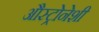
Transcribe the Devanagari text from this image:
औस्ट्रोनेशी